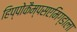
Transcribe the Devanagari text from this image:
हिप्पोकैम्पसएमिग्डाला